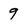
Character: 9